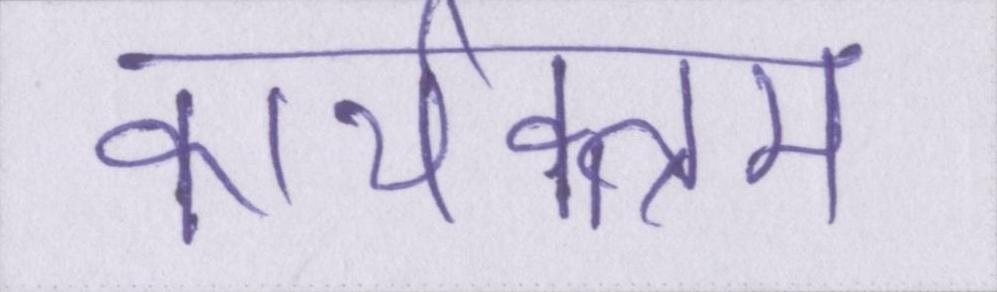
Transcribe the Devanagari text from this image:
कार्यक्त्रम